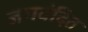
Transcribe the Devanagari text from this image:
जगवंदित